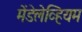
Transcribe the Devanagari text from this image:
मेंडेलेव्हियम